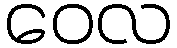
ဝေလ